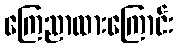
ကြေညာထားကြောင်း